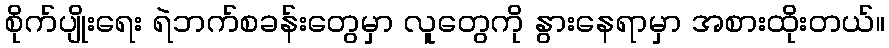
စိုက်ပျိုးရေး ရဲဘက်စခန်းတွေမှာ လူတွေကို နွားနေရာမှာ အစားထိုးတယ်။